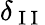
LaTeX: \delta_{\mathrm{~I~I~}}